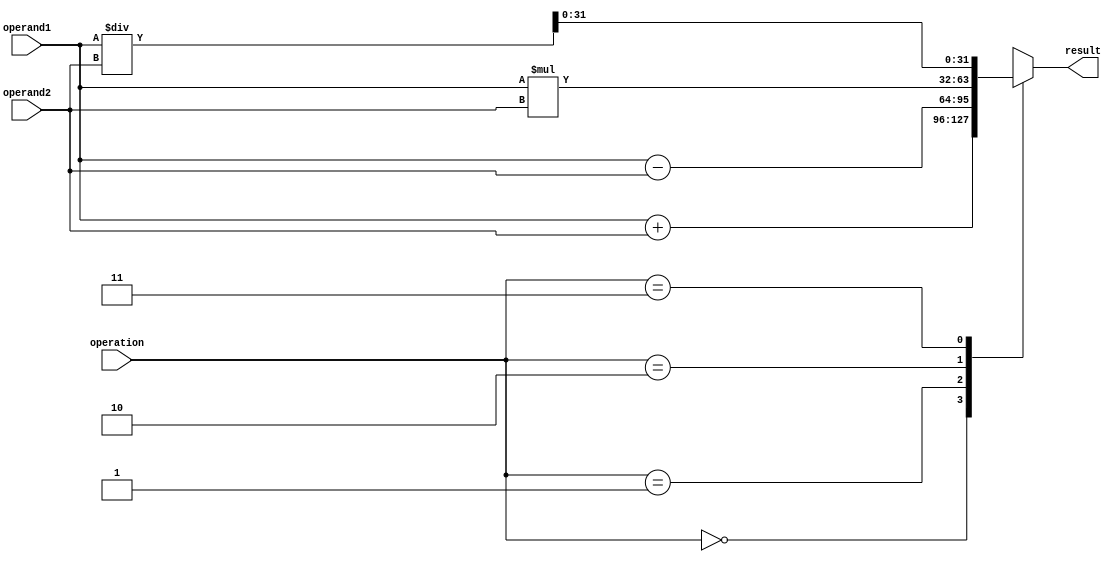
module fixed_point_fpu(
    input [31:0] operand1,
    input [31:0] operand2,
    input [1:0] operation,
    output reg [31:0] result
);

reg [63:0] temp_result;

always @ (*)
begin
    case(operation)
        2'b00: temp_result = operand1 + operand2; // addition
        2'b01: temp_result = operand1 - operand2; // subtraction
        2'b10: temp_result = operand1 * operand2; // multiplication
        2'b11: temp_result = operand1 / operand2; // division
    endcase
end

always @ (*)
begin
    result = temp_result[31:0]; // output of the FPU
end

endmodule